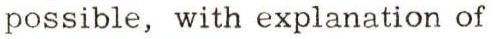
possible, with explanation of